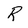
Character: R